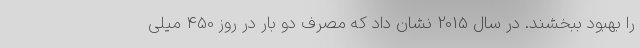
را بهبود ببخشند. در سال 2015 نشان داد که مصرف دو بار در روز 450 میلی